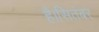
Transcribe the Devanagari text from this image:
है।सितंबर